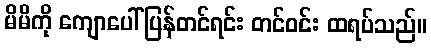
မိမိကို ကျောပေါ်ပြန်တင်ရင်း တင်ဝင်း ထရပ်သည်။